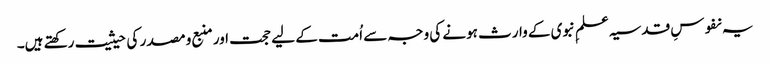
یہ نفوسِ قدسیہ علمِ نبوی کے وارث ہونے کی وجہ سے اُمت کے لیے حجت اور منبع و مصدر کی حیثیت رکھتے ہیں۔